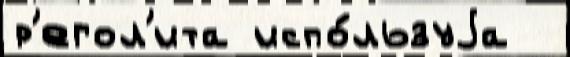
р'егол'ита испо́льзуjа